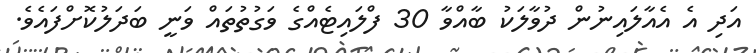
އަދި އެ އެއާލައިނުން ދުވާލަކު ބާއްވާ 30 ފްލައިޓެއްގެ ވަގުތުތައް ވަނީ ބަދަލުކޮށްފައެވެ.